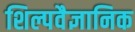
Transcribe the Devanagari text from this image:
शिल्पवैज्ञानिक